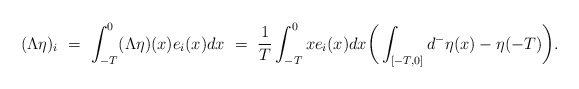
\begin{align*}(\Lambda\eta)_i \ &= \ \int_{-T}^0 (\Lambda\eta)(x)e_i(x) dx \ = \ \frac{1}{T} \int_{-T}^0 xe_i(x) dx \bigg(\int_{[-T,0]} d^-\eta(x) - \eta(-T)\bigg).\end{align*}